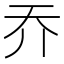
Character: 𡗤